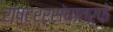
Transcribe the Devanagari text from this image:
राष्ट्र्रसंघातर्फे